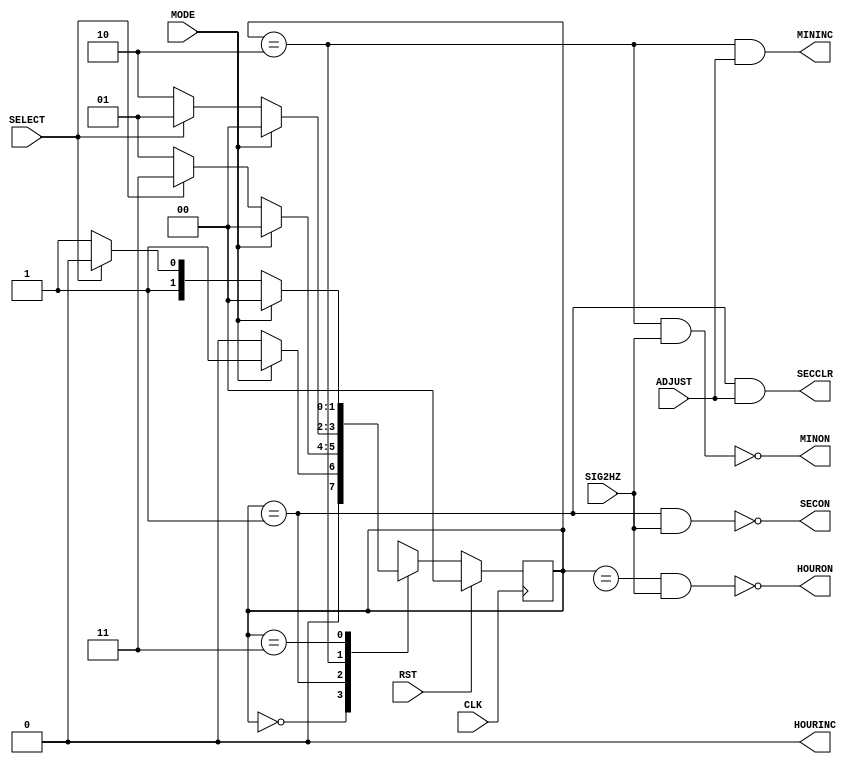
module STATE(
	input CLK, RST,
	input SIG2HZ,
	input MODE, SELECT, ADJUST,
	output SECCLR, MININC, HOURINC,
	output SECON, MINON, HOURON
);

//state machine
reg [1:0] cur, nxt;
localparam NORM=2'b00, SEC=2'b01, MIN=2'b10, HOUR=2'b11;

assign SECCLR = (cur==SEC) & ADJUST;
assign MININC = (cur==MIN) & ADJUST;
assign HOURINC = (cut==HOUR)& ADJUST;

assign SECON = ~((cur==SEC) & SIG2HZ);
assign MINON = ~((cur==MIN) & SIG2HZ);
assign HOURON = ~((cur==HOOUR) & SIG2HZ);


always @(posedge CLK) begin
	if(RST) 
		cur <= NORM;
	else
		cur <= nxt;
end


always @* begin
	case(cur)
		NORM: if (MODE)
					nxt = SEC;
				else
					nxt = NORM;
		SEC:  if (MODE)
					nxt = NORM;
				else if (SELECT)
					nxt = HOUR;
				else
					nxt = SEC;
		MIN:  if (MODE)
					nxt = NORM;
				else if (SELECT)
					nxt = SEC;
				else
					nxt = MIN;
		HOUR: if (MODE)
					nxt = NORM;
				else if (SELECT)
					nxt = MIN;
				else
					nxt = HOUR;
		default: nxt = 2'bxx;
	endcase
end

endmodule